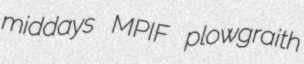
middays MPIF plowgraith